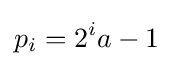
p_{i}=2^{i}a-1